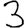
Digit: 3